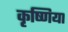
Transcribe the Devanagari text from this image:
कृष्णिया